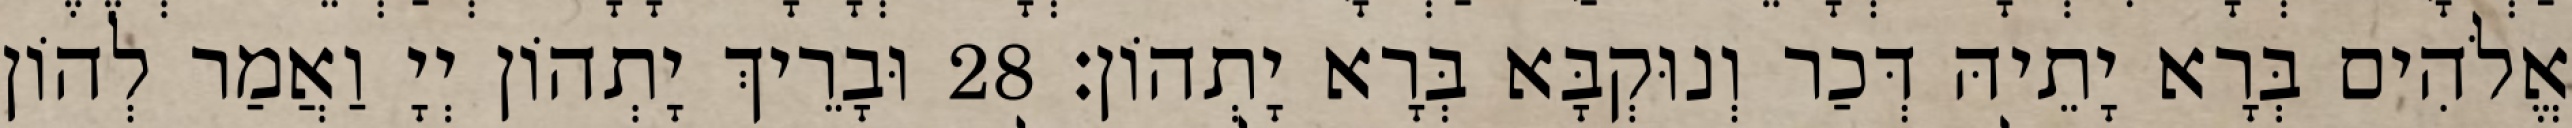
אֱלֹהִים בְּרָא יָתֵיהּ דְּכַר וְנוּקְבָּא בְּרָא יָתְהוֹן׃ 28 וּבָרֵיךְ יָתְהוֹן יְיָ וַאֲמַר לְהוֹן